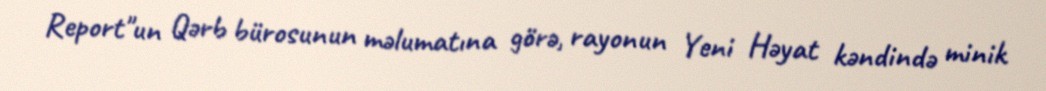
Report"un Qərb bürosunun məlumatına görə, rayonun Yeni Həyat kəndində minik